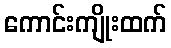
ကောင်းကျိုးထက်